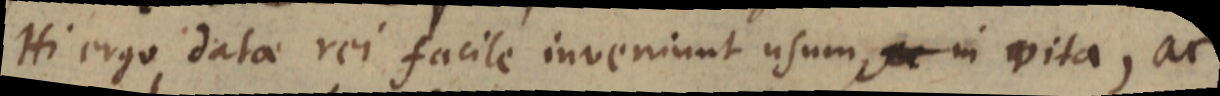
Hi ergo datae rei facile inveniunt usum in vita, ac